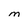
Character: M